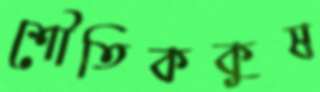
শৌতিককুষ